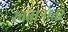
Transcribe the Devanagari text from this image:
स्वतात्रोत्तर